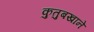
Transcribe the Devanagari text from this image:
कुतुबखाने